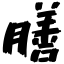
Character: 膳